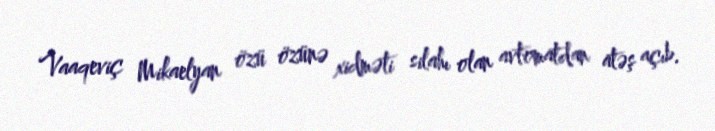
Vaaqeviç Mikaelyan özü özünə xidməti silahı olan avtomatdan atəş açıb.